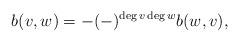
\begin{align*} b(v,w) = -(-)^{\deg v \deg w} b(w,v),\end{align*}